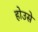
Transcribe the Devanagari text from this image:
होउसे